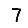
Digit: 7